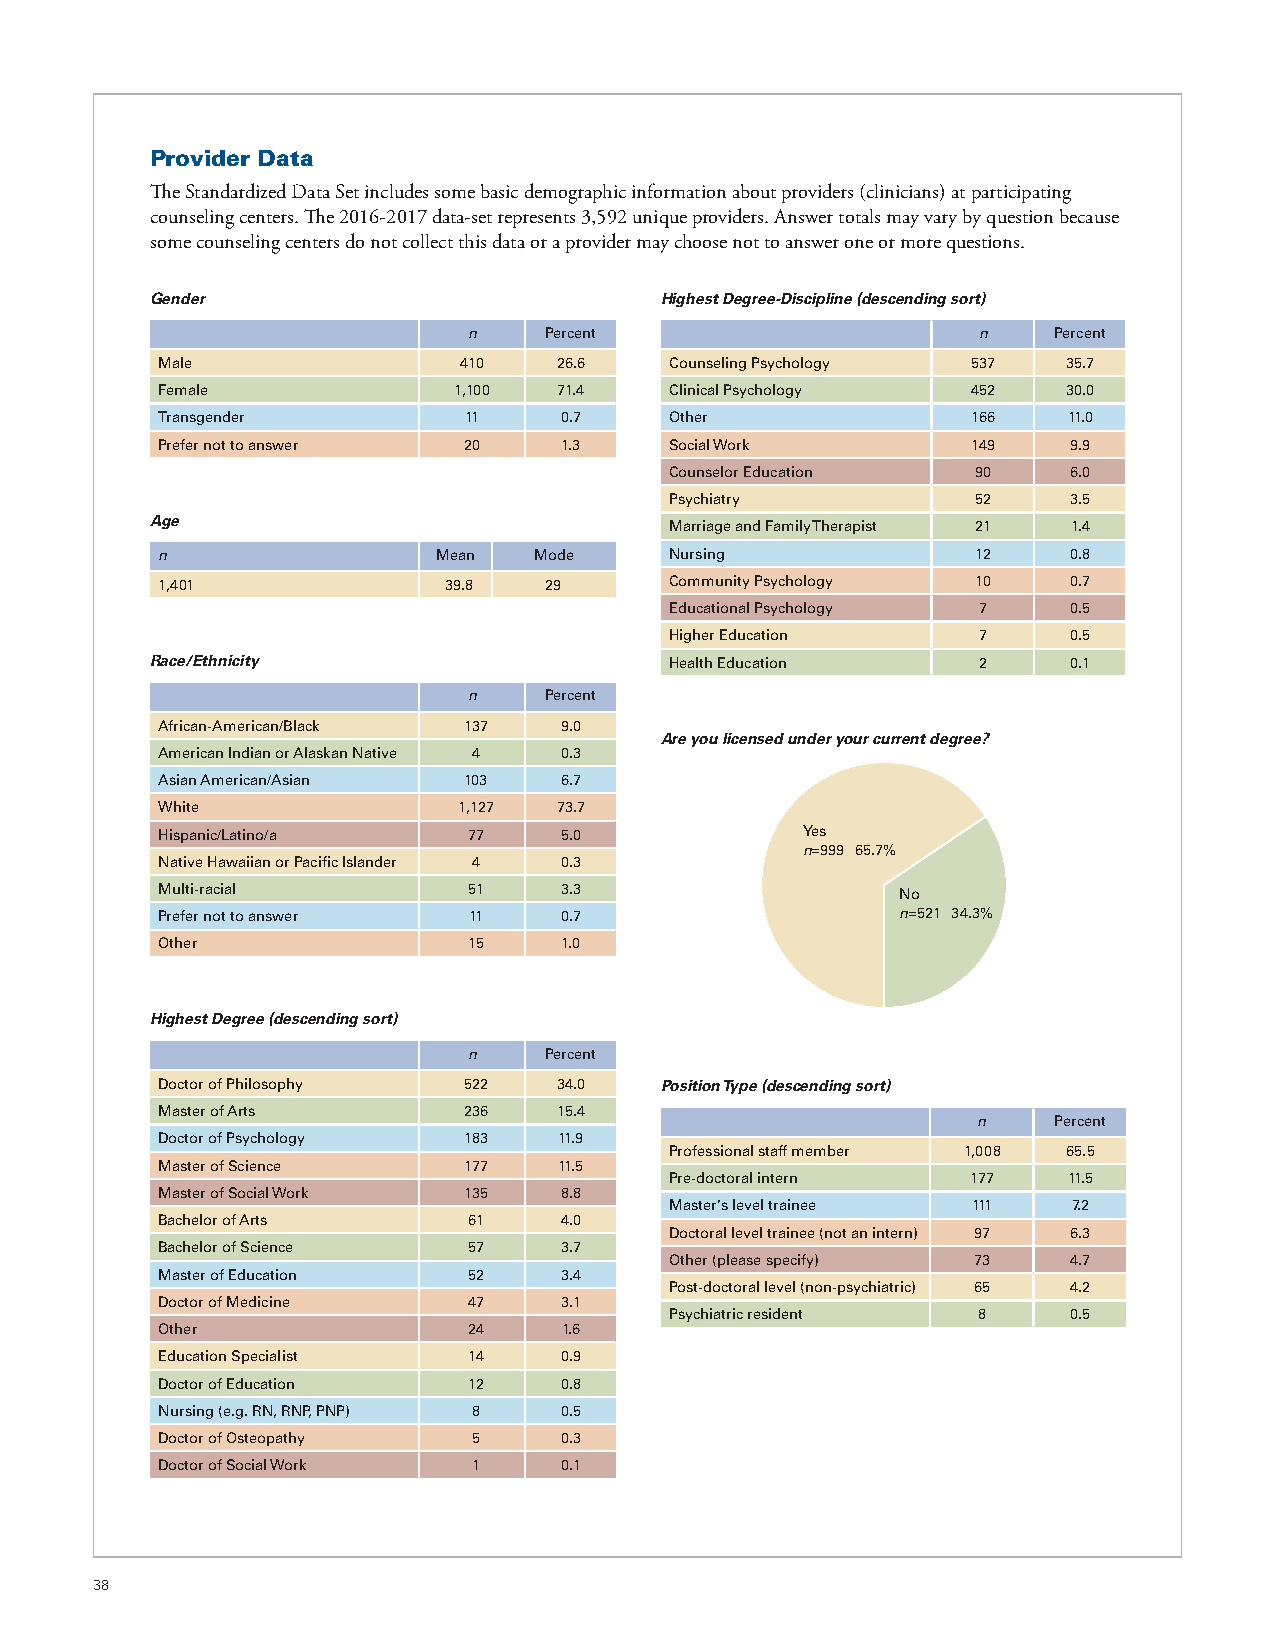
Provider Data
 The Standardized Data Set includes some basic demographic information about providers (clinicians) at participating
 counseling centers. The 2016-2017 data-set represents 3,592 unique providers. Answer totals may vary by question because
 some counseling centers do not collect this data or a provider may choose not to answer one or more questions.
 Gender                            Highest Degree-Discipline (descending sort)
 n    Percent                      n    Percent
 Male                410    26.6   Counseling Psychology 537  35.7
 Female              1,100  71.4   Clinical Psychology 452    30.0
 Transgender          11    0.7    Other               166    11.0
 Prefer not to answer 20    1.3    Social Work         149    9.9
 Counselor Education  90    6.0
 Psychiatry           52    3.5
 Age                               Marriage and Family Therapist 21 1.4
 n                  Mean  Mode     Nursing              12    0.8
 1,401              39.8   29      Community Psychology 10    0.7
 Educational Psychology 7   0.5
 Higher Education     7     0.5
 Race/Ethnicity                    Health Education     2     0.1
 n    Percent
 African-American/Black 137 9.0
 Are you licensed under your current degree?
 American Indian or Alaskan Native 4 0.3
 Asian American/Asian 103   6.7
 White               1,127  73.7
 Hispanic/Latino/a    77    5.0             Yes
 n=999 65.7%
 Native Hawaiian or Pacific Islander 4 0.3
 Multi-racial         51    3.3                    No
 Prefer not to answer 11    0.7                    n=521 34.3%
 Other                15    1.0
 Highest Degree (descending sort)
 n    Percent
 Doctor of Philosophy 522   34.0   Position Type (descending sort)
 Master of Arts       236   15.4
 n    Percent
 Doctor of Psychology 183   11.9
 Professional staff member 1,008 65.5
 Master of Science    177   11.5
 Pre-doctoral intern 177    11.5
 Master of Social Work 135  8.8
 Master's level trainee 111 7.2
 Bachelor of Arts     61    4.0
 Doctoral level trainee (not an intern) 97 6.3
 Bachelor of Science  57    3.7
 Other (please specify) 73  4.7
 Master of Education  52    3.4
 Post-doctoral level (non-psychiatric) 65 4.2
 Doctor of Medicine   47    3.1
 Psychiatric resident 8     0.5
 Other                24    1.6
 Education Specialist 14    0.9
 Doctor of Education  12    0.8
 Nursing (e.g. RN, RNP, PNP) 8 0.5
 Doctor of Osteopathy 5     0.3
 Doctor of Social Work 1    0.1
 38